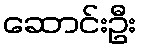
ဆောင်းဦး